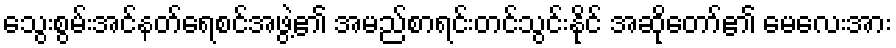
သွေးစွမ်းအင်နတ်ရေစင်အဖွဲ့၏ အမည်စာရင်းတင်သွင်းနိုင် အဆိုတော်၏ မေလေးအား